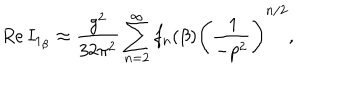
LaTeX: R e \, I _ { 1 _ { \beta } } \approx \frac { g ^ { 2 } } { 3 2 \pi ^ { 2 } } \sum _ { n = 2 } ^ { \infty } f _ { n } ( \beta ) \Bigg ( \frac { \: 1 } { - p ^ { 2 } } \Bigg ) ^ { n / 2 } ,